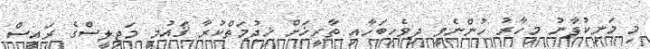
މި މަނިކުފާނު މިހާރު ހުންނެވީ ދިވެހިބަހާއި ތާރީޚަށް ޚިދުމަތްކުރާ ޤައުމީ މަޖިލީސްގެ ރައީސް